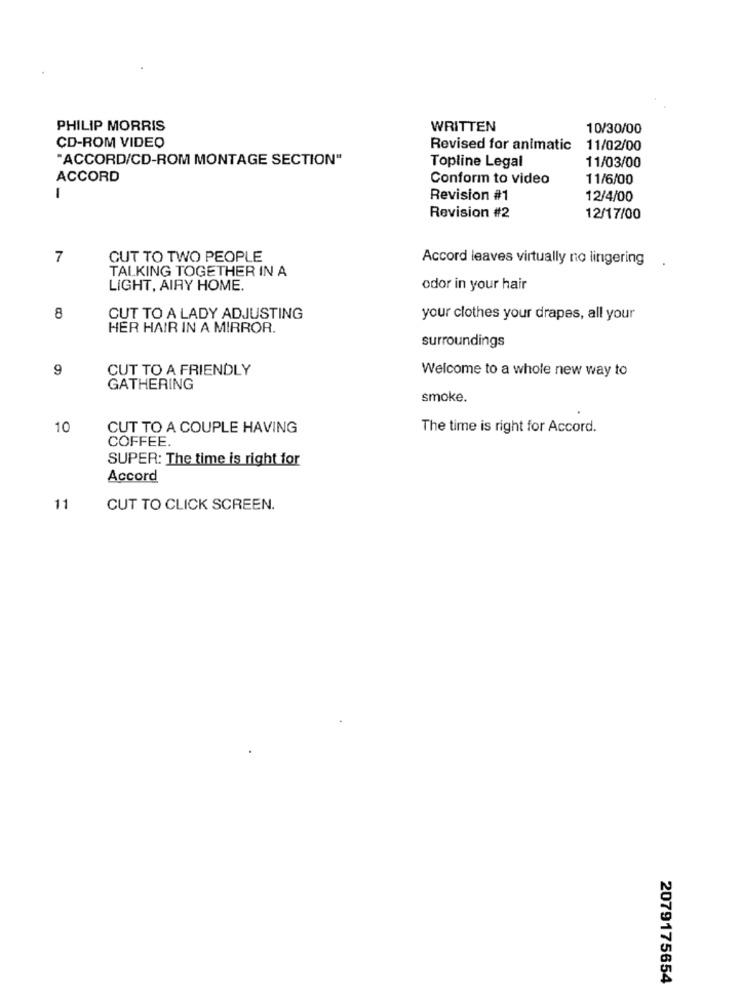
PHILIP MORRIS
WRITTEN
10/30/00
CD-ROM VIDEO
Revised for animatic
11/02/00
"ACCORD/CD-ROM MONTAGE SECTION"
Topline Legal
11/03/00
ACCORD
Conform to video
11/6/00
-
Revision #1
12/4/00
Revision #2
12/17/00
7
CUT TO TWO PEOPLE
Accord leaves virtually no lingering
TALKING TOGETHER IN A
LIGHT, AIRY HOME.
odor in your hair
8
CUT TO A LADY ADJUSTING
your clothes your drapes, all your
HER HAIR IN A MIRROR.
surroundings
9
CUT TO A FRIENDLY
Welcome to a whole new way to
GATHERING
smoke.
10
CUT TO A COUPLE HAVING
The time is right for Accord.
COFFEE.
SUPER: The time is right for
Accord
11
CUT TO CLICK SCREEN.
2079175654